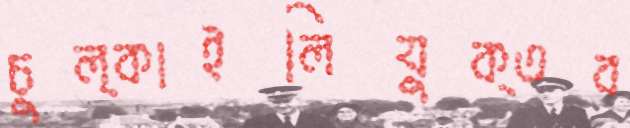
চুল্‌কাইলিযুক্তব